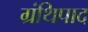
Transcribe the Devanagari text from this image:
ग्रंथिपाद